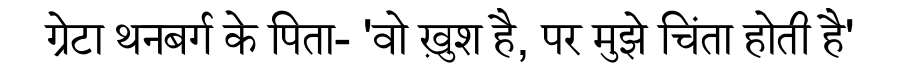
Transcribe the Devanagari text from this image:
ग्रेटा थनबर्ग के पिता- 'वो ख़ुश है, पर मुझे चिंता होती है'